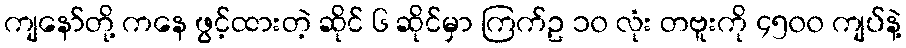
ကျနော်တို့ ကနေ ဖွင့်ထားတဲ့ ဆိုင် ၆ ဆိုင်မှာ ကြက်ဥ ၁၀ လုံး တဗူးကို ၄၅၀၀ ကျပ်နဲ့